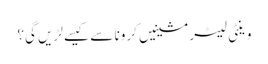
وینٹی لیٹر مشینیں کرونا سے کیسے لڑیں گی؟